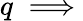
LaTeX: q\implies